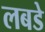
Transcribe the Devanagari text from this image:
लबडे